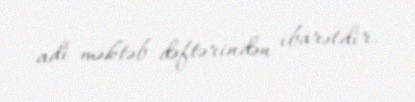
adi məktəb dəftərindən ibarətdir.